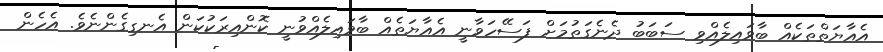
އެއާޔަތްތަކެއް ބާވައިލެއްވި ސަބަބު ދެނެގަތުމަށް ފަސޭހަވާނީ އެއާޔަތެއް ބާވައިލެއްވުނީ ކޮންއިރަކުކަން އެނގިގެންނެވެ. އެހެން